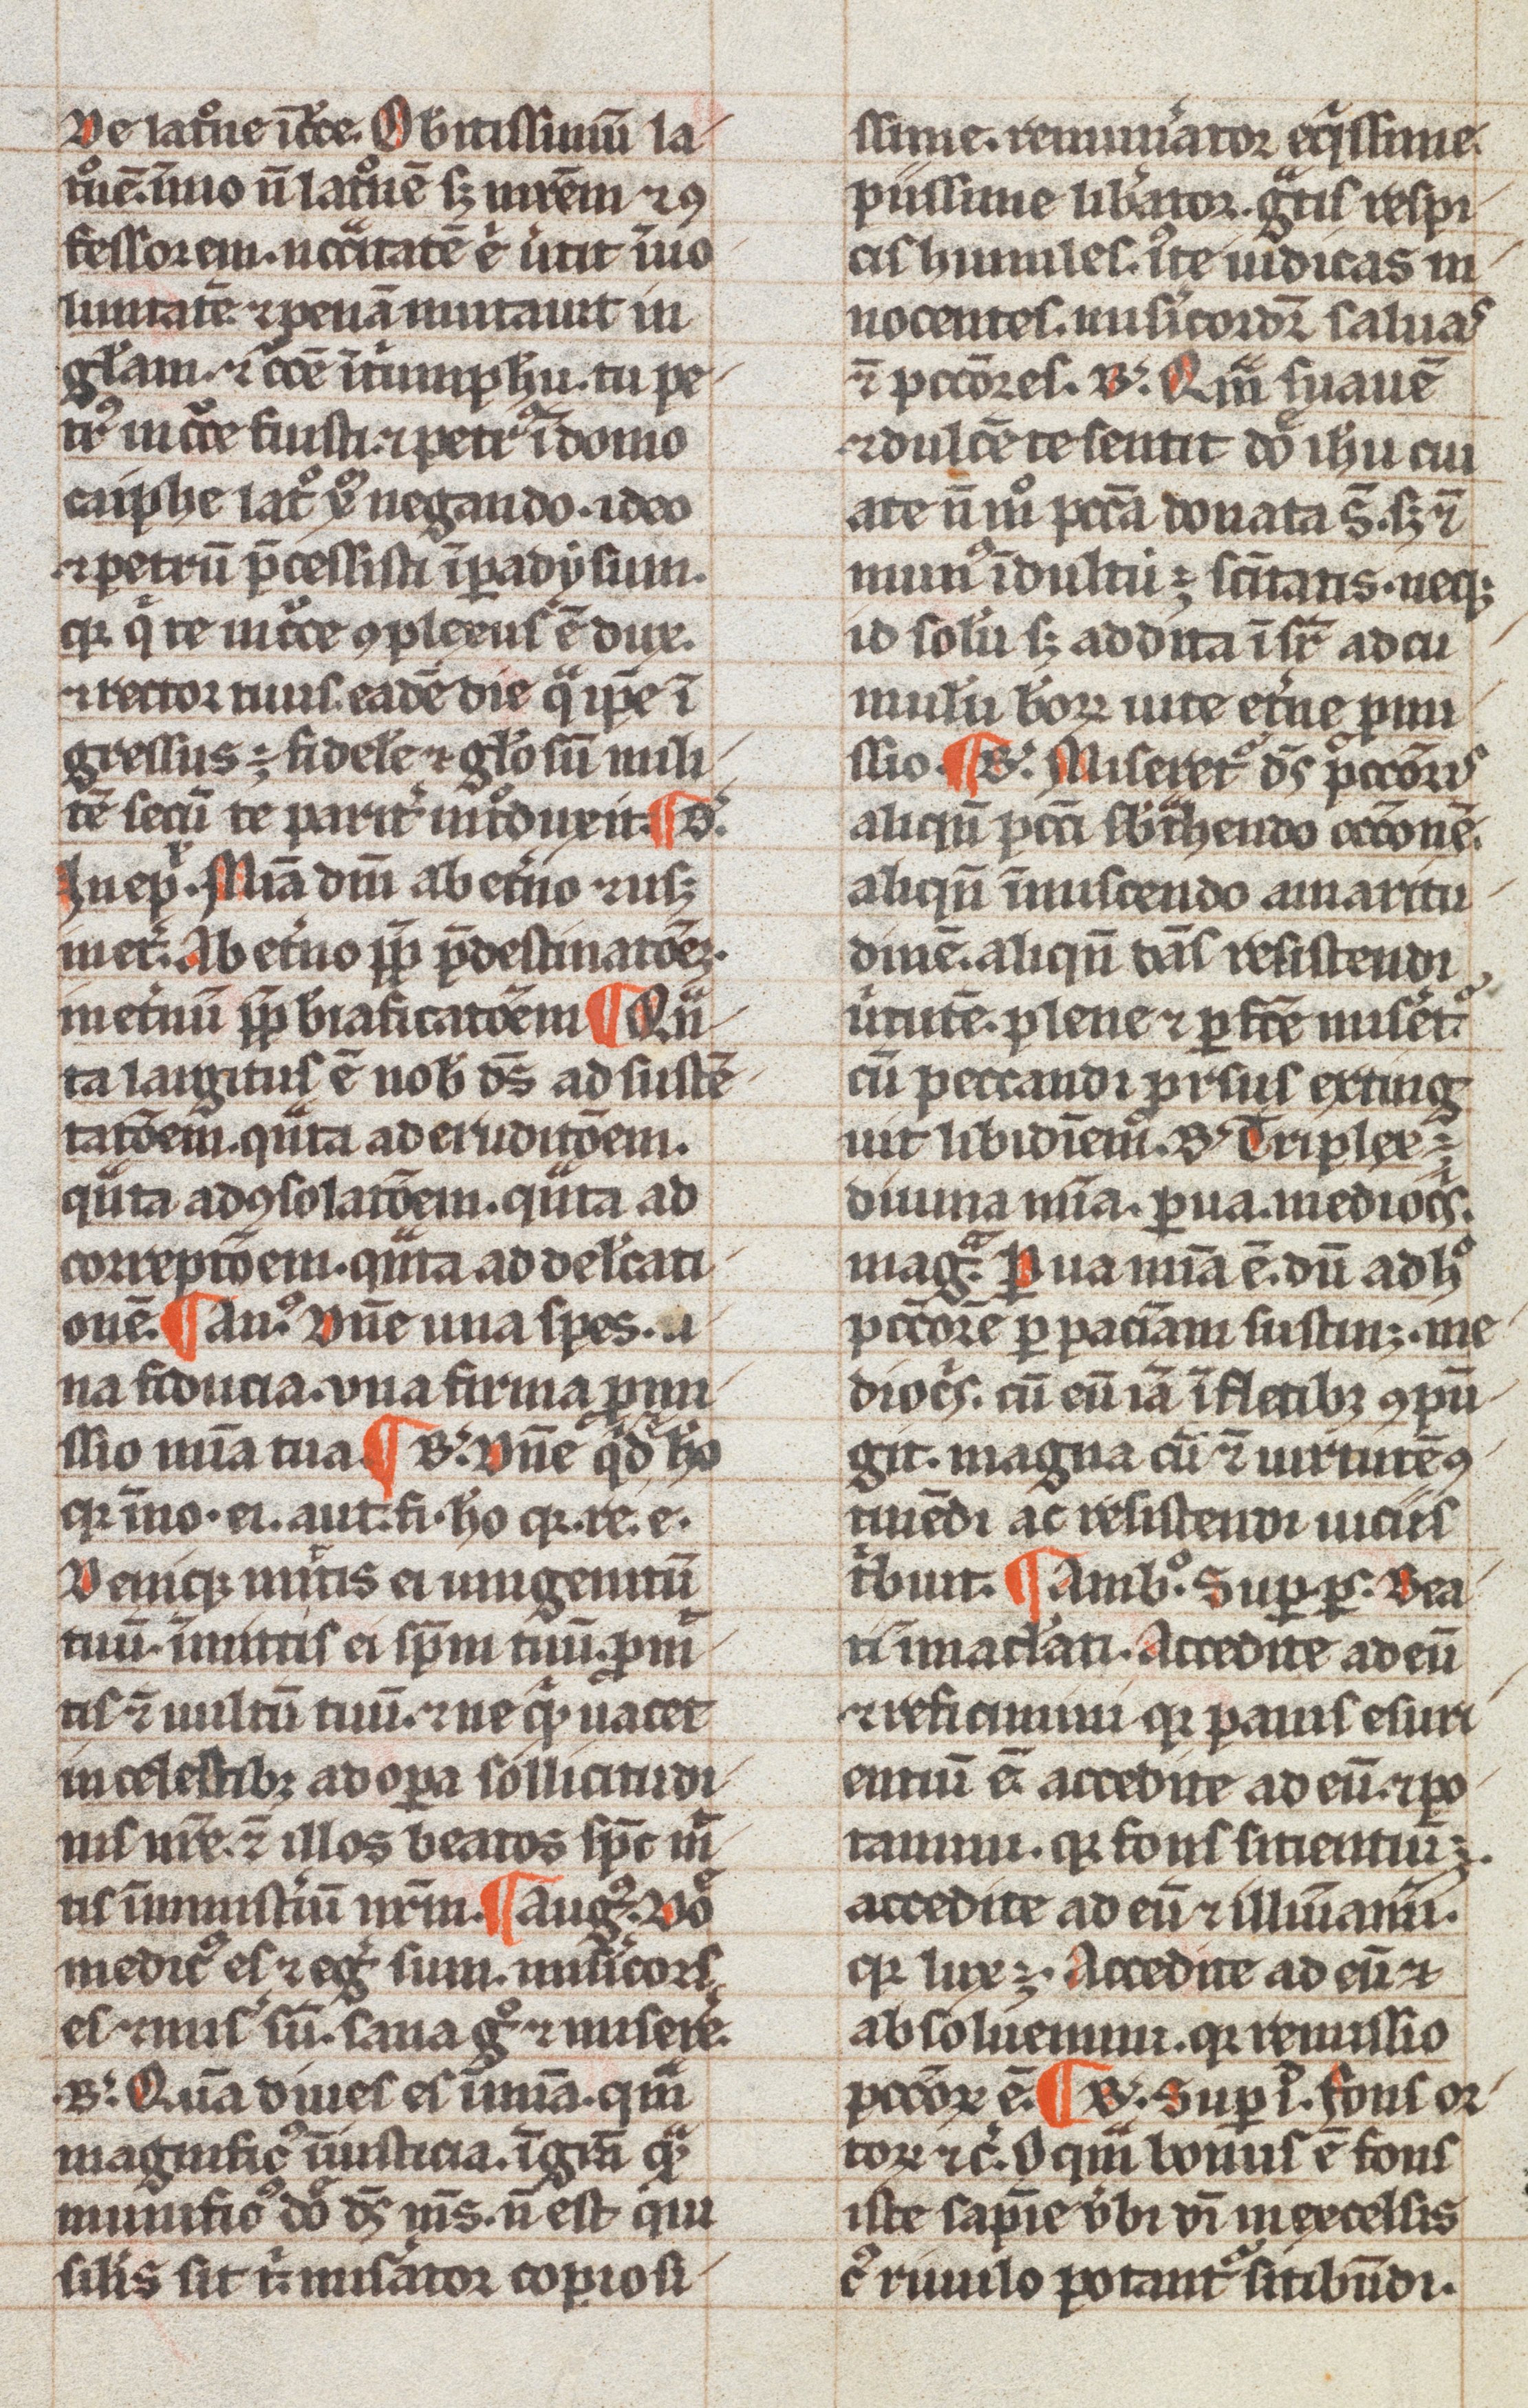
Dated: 1200–1399